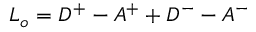
L _ { o } = D ^ { + } - A ^ { + } + D ^ { - } - A ^ { - }